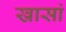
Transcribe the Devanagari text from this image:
खासां